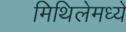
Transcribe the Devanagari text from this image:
मिथिलेमध्ये